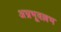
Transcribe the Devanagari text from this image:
अभ्रभूवल्लभ